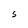
Character: S